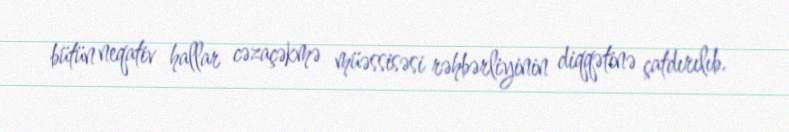
bütün neqativ hallar cəzaçəkmə müəssisəsi rəhbərliyinin diqqətinə çatdırılıb.